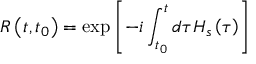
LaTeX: R \left( t , t _ { 0 } \right) = \exp \left[ - i \int _ { t _ { 0 } } ^ { t } d \tau H _ { s } \left( \tau \right) \right]